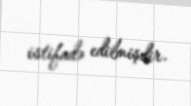
istifadə edilmişdir.